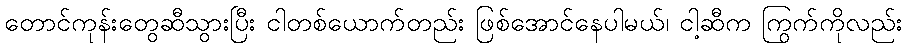
တောင်ကုန်းတွေဆီသွားပြီး ငါတစ်ယောက်တည်း ဖြစ်အောင်နေပါမယ်၊ ငါ့ဆီက ကြွက်ကိုလည်း